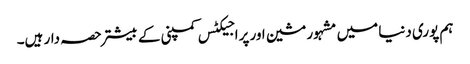
ہم پوری دنیا میں مشہور مشین اور پراجیکٹس کمپنی کے بیشتر حصہ دار ہیں۔